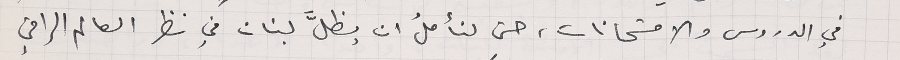
في الدروس والامتحانات، حتى لنأملُ ان يظلَّ لبنان في نظر العالم الراقي